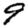
Digit: 9